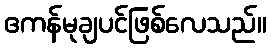
ဧကန်မုချပင်ဖြစ်လေသည်။